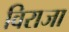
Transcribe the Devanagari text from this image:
विराजा